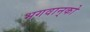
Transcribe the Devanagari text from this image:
भगवान्‌को